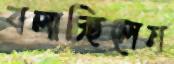
বলাচ্ছিলেন